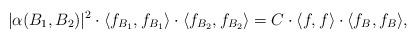
LaTeX: \begin{align*}|\alpha (B_1,B_2) |^2 \cdot \langle f_{B_1}, f_{B_1} \rangle \cdot \langle f_{B_2}, f_{B_2} \rangle = C \cdot \langle f,f \rangle \cdot \langle f_B, f_B \rangle,\end{align*}